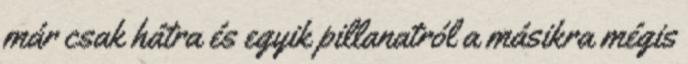
már csak hátra és egyik pillanatról a másikra mégis